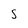
Character: 5